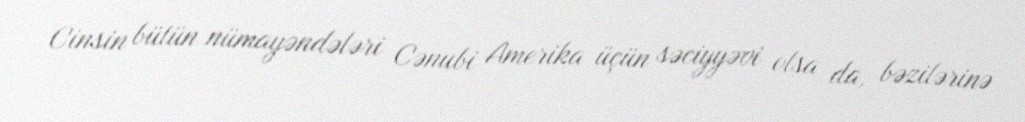
Cinsin bütün nümayəndələri Cənubi Amerika üçün səciyyəvi olsa da, bəzilərinə